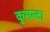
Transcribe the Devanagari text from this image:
कुसन्दा